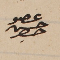
عضو حسن حصِر